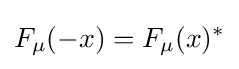
F_{\mu }(-x)=F_{\mu }(x)^{*}